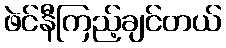
ဖဲင်နီကြည့်ချင်တယ်